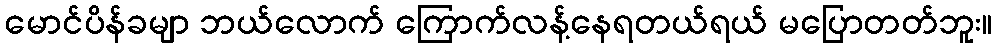
မောင်ပိန်ခမျာ ဘယ်လောက် ကြောက်လန့်နေရတယ်ရယ် မပြောတတ်ဘူး။